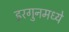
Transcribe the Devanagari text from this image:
इरगुनमध्ये